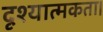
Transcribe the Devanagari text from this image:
दृश्यात्मकता।